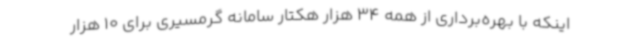
اینکه با بهره‌برداری از همه 34 هزار هکتار سامانه گرمسیری برای 10 هزار